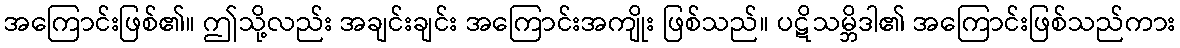
အကြောင်းဖြစ်၏။ ဤသို့လည်း အချင်းချင်း အကြောင်းအကျိုး ဖြစ်သည်။ ပဋိသမ္ဘိဒါ၏ အကြောင်းဖြစ်သည်ကား